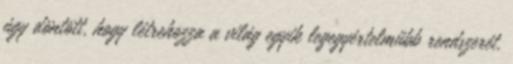
úgy döntött, hogy létrehozza a világ egyik legegyértelműbb rendszerét.